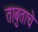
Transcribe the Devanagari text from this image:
ताबुताचे